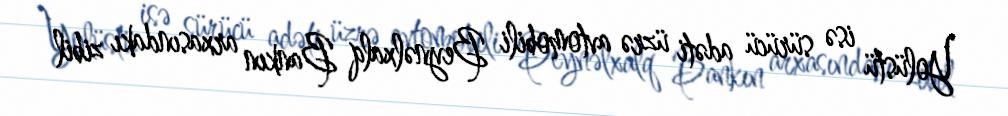
Yolüstü isə sürücü adəti üzrə avtomobili Beynəlxalq Bankın arxasındakı zibil